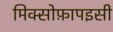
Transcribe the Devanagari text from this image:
मिक्सोफ़ापइसी